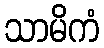
သာမိကံ